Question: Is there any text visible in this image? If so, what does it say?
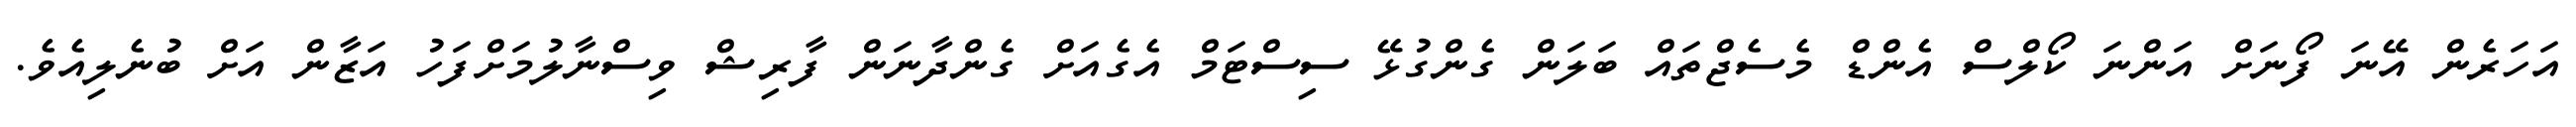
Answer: އަހަރެން އޭނަ ފޯނަށް އަންނަ ކޯލްސް އެންޑް މެސެޖްތައް ބަލަން ގެންގުޅޭ ސިސްޓަމް އެގެއަށް ގެންދާނަން ފާރިޝް ވިސްނާލުމަށްފަހު އަޒާން އަށް ބުނެލިއެވެ.